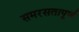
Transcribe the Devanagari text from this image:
समरसतापूर्ण